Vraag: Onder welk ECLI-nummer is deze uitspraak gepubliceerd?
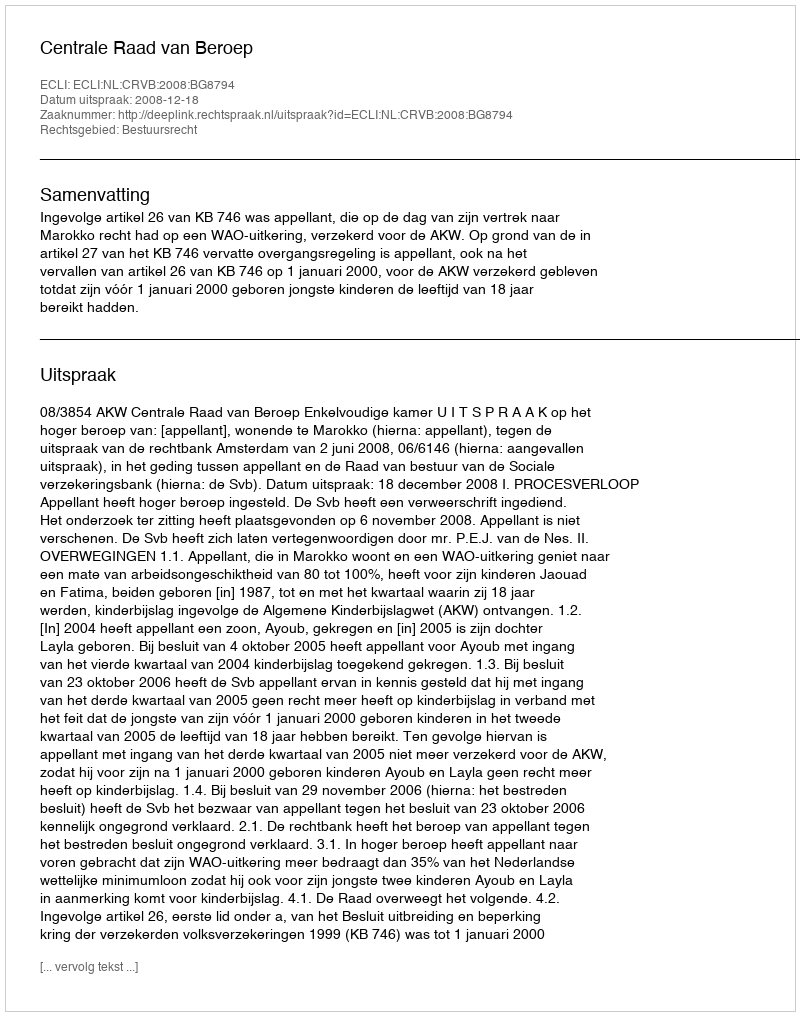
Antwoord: ECLI:NL:CRVB:2008:BG8794